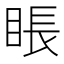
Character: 𥇔